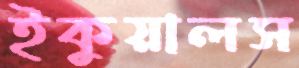
ইকুয়ালস